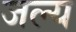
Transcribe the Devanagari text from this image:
जल्य